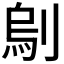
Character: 𠞆